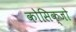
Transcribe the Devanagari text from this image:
कोसिक्जो